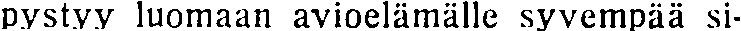
pystyy luomaan avioelämälle syvempää si-